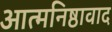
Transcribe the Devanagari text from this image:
आत्मनिष्ठावाद